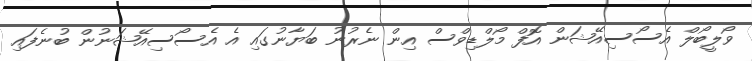
ވޯލީބޯލް އެސޯސިއޭޝަން އޮފް މޯލްޑިވްސް އިން ނެރުނު ބަޔާނުގައި އެ އެސޯސިއޭޝަނުން ބުނެފައި